Civil Veterinary Department Bihar reports 1940-50 - 1940-1950
Year: 1940
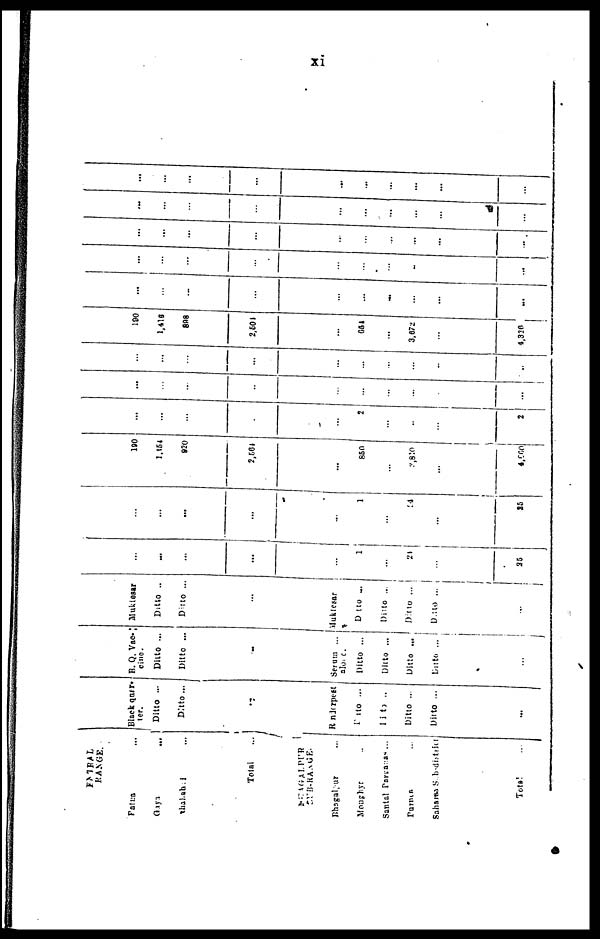
xi
FATRAL
RANGE.
Patna ...
Gaya ...
Shahabad ...
Total ...
BHAGALPUR
SUB-RANGE.
Bhagalpur ..
Monghyr ...
Santal Parganas ...
Purnea ...
Sahares Sub district
Total ...
Black quar-
ter.
Ditto ...
Ditto ...
..
Rinderpest
Ditto ...
Ditto ..
Ditto ...
Ditto ...
...
B. Q. Vac-
cine.
Ditto ...
Ditto ...
-
Serum ...
alone.
Ditto ...
Ditto ...
Ditto ...
Ditto ...
...
Muktesar
Ditto ..
Ditto ...
...
Muktesar
Ditto ...
Ditto ...
Ditto ...
Ditto ...
...
...
...
...
...
...
1
...
21
...
25
...
...
...
...
...
1
...
24
...
25
190
1,154
820
2,564
...
850
...
2,810
...
4,660
...
...
...
...
2
...
...
...
2
...
...
...
...
...
...
...
...
...
...
...
...
...
...
...
...
...
...
190
1,416
898
2,501
...
654
...
3,672
...
4,326
...
...
...
...
...
...
...
...
...
...
...
...
...
...
...
...
...
...
...
...
...
...
...
...
...
...
...
...
...
...
...
...
...
...
...
...
...
...
...
...
...
...
...
...
...
...
...
...